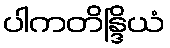
ပါကတိန္ဒြိယံ